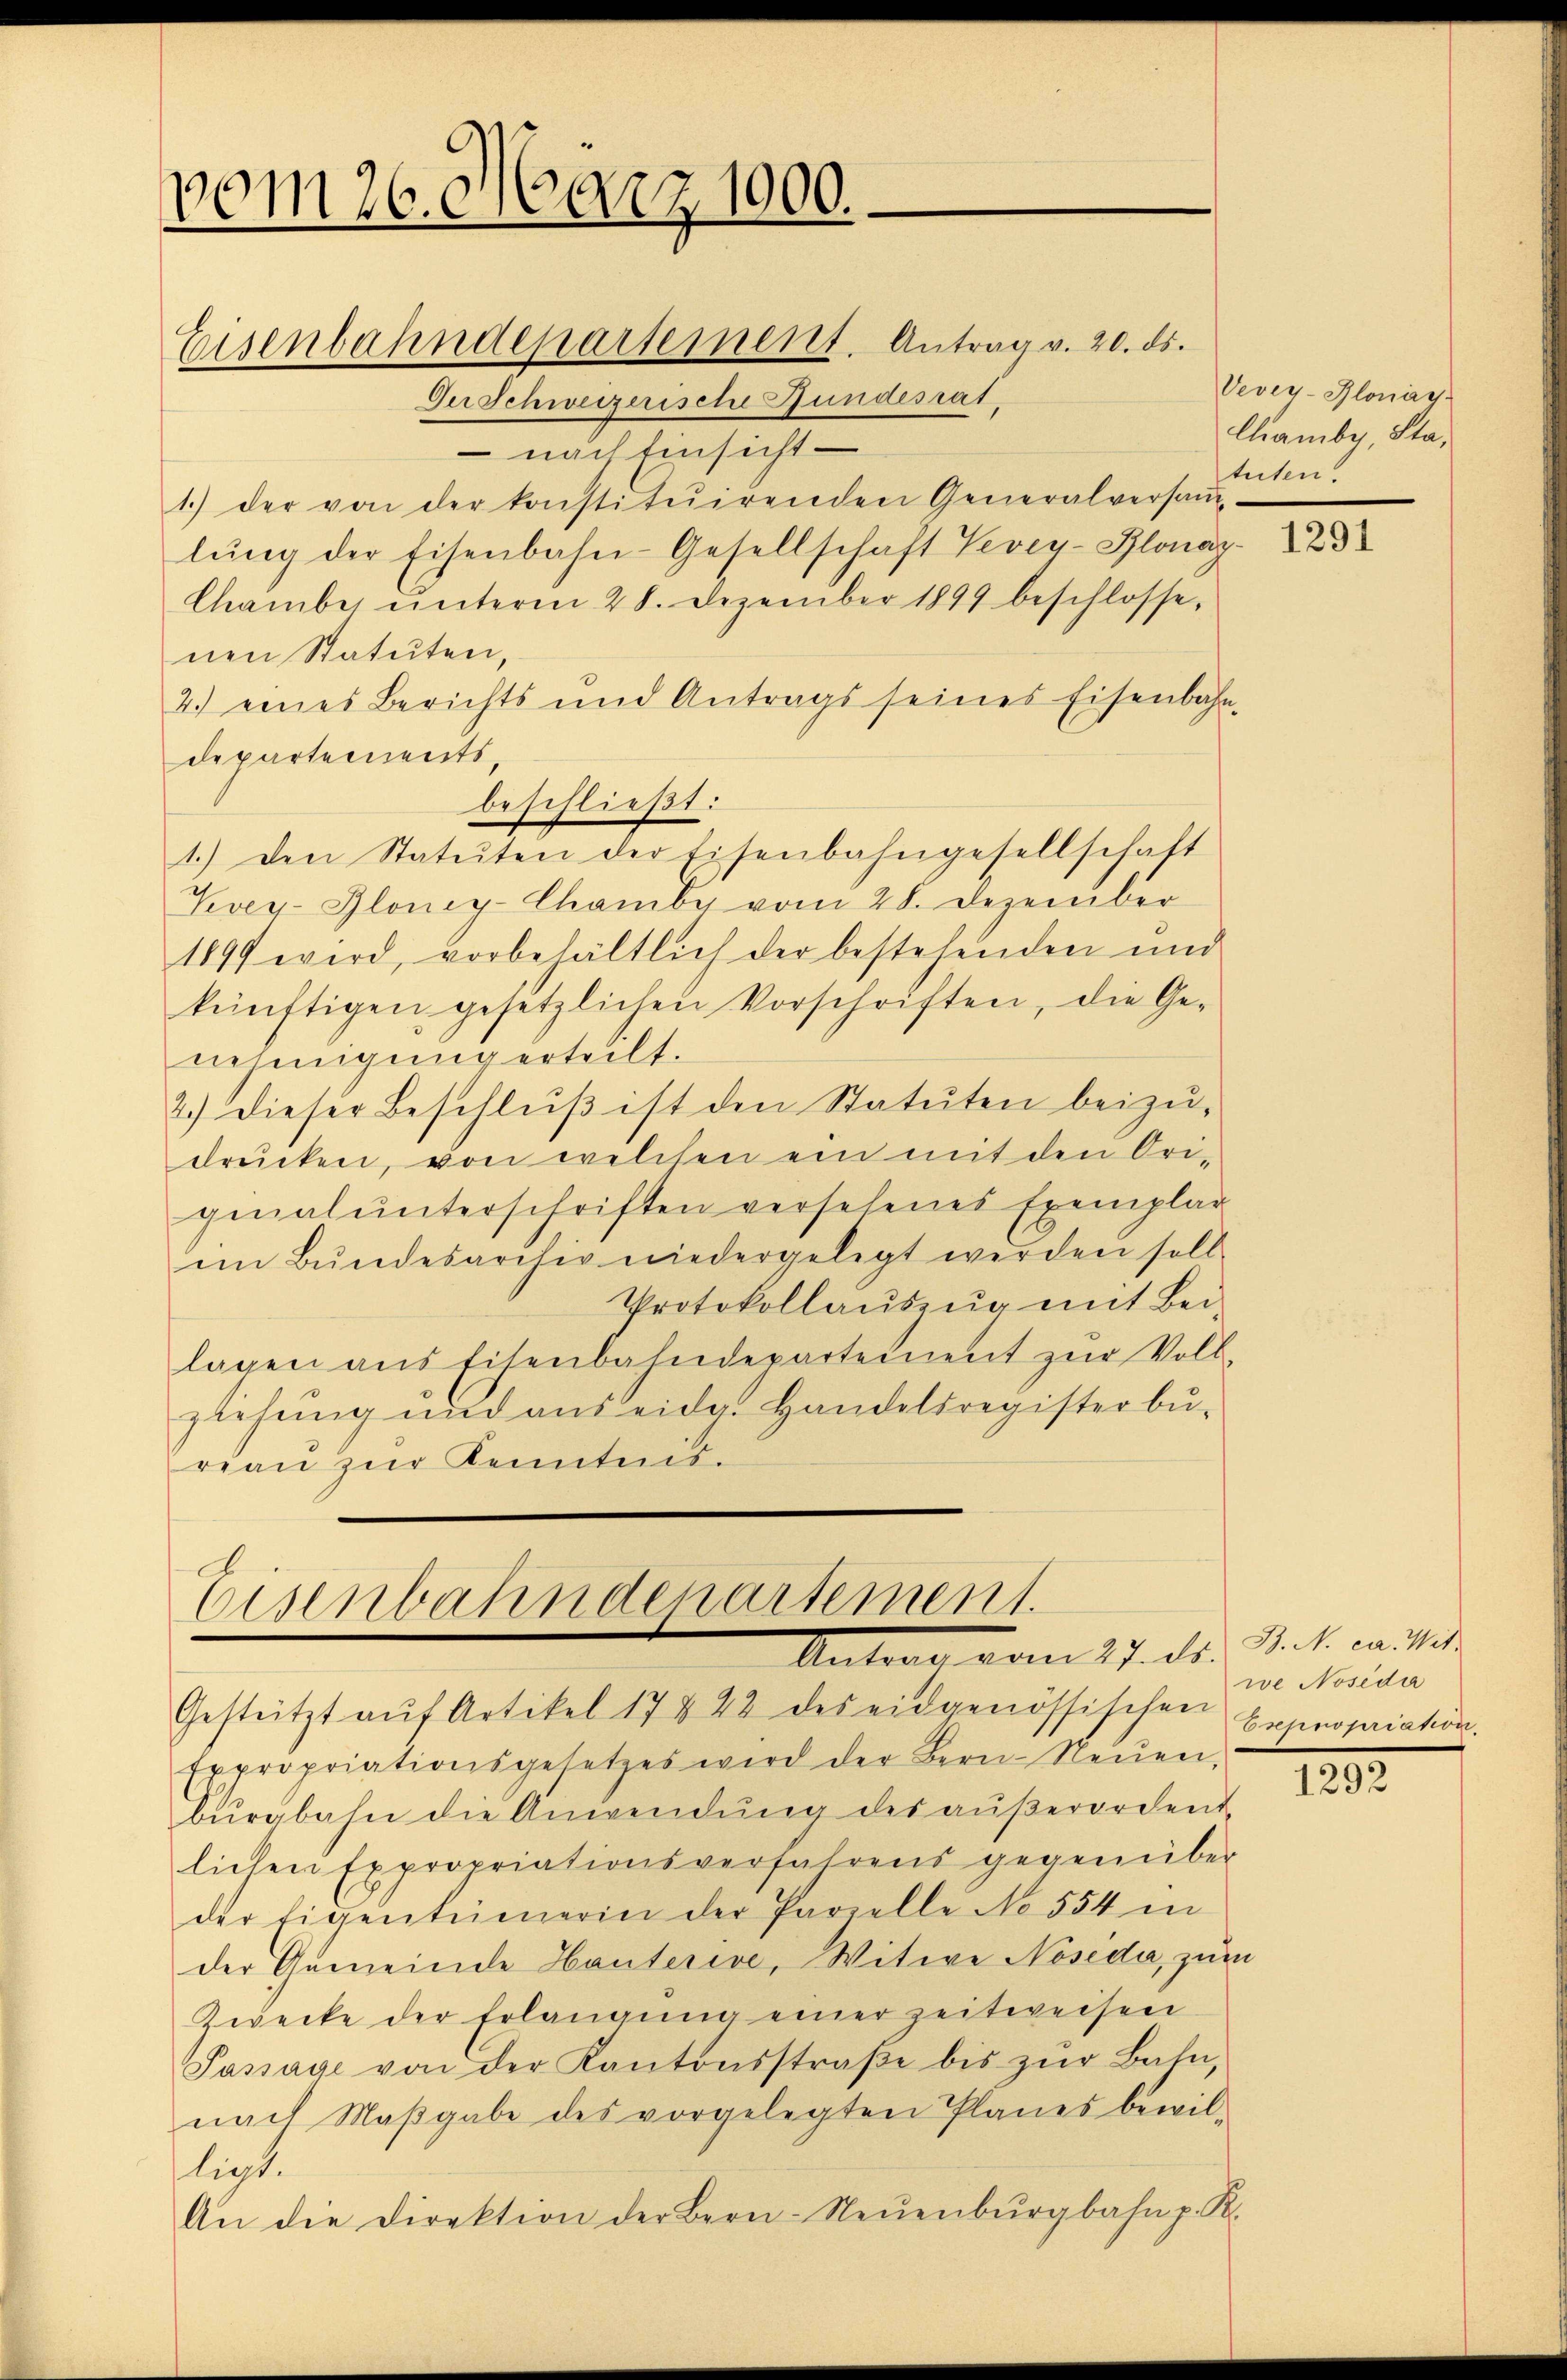
00m176. 16021000.
Eisenbahndepartement. Antrag v. 20. ds.
Der Schweizerische Gundesrat

nach Einsicht
1.) der von der konstituirenden Generalversaṁ-
lŭng der Eisenbahn-Gesellschaft Vevey-Plonaz
Chamber ŭnterm 28. Dezember 1899 beschlosse,
nen Statuten,
4.) eines Berichts und Antrags seines Eisenbahr
departements,
beschließt:
1.) Den Statuten der Eisenbahngesellschaft
Kvey-Glony-Chamber vom 28. Dezember
1899 wird, vorbehältlich der bestehenden und
künftigen gesetzlichen Vorschriften, die Ge-
nehmigung erteilt.
2.) Dieser Beschlŭβ ist den Statuten beizŭ-
drücken, von welchen ein mit den Originalunterschriften versehenes Exemplar
im Bŭndesarchiv niedergelegt werden soll.
Protokollaŭszŭg mit Bei-
lagen ans Eisenbahndepartement zŭr Voll-
ziehung und aus eidg. Handelsregisterbu-
reau zur Kenntnis.

A
Eisenbahndepartement
Antrag vom 27. ds. Stat. mit

Gestützt aŭf Artikel 17842 des eidgenössischen Expropriation.
Expropriationsgesetzes wird der Bern-Neŭen,
bŭrgbahn die Anwendŭng des aŭβerordent
lichen Expropriationsverfahrens gegenüber
der Eigentümerin der Parzelle No 554 in
der Gemeinde Hauterive, Witwe Nosedi, zum
Zwecke der Erlangung einer zeitweisen
Passage von der Kantonsstraβe bis zŭr Bahn,
nach Maβgabe des vorgelegten Planes bewil-
ligt.
An die Direktion der Bern-Neŭenbŭrgbahn p. R.

Vevey-Glonay
lliamby, Statuten.

1291

we Nosida

1292